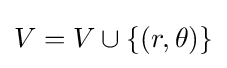
V=V\cup \{(r,\theta )\}